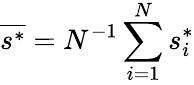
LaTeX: \overline{{s^{*}}}=N^{-1}\sum_{i=1}^{N}s_{i}^{*}